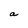
Character: a